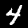
Digit: 4